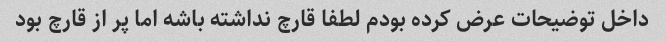
داخل توضیحات عرض کرده بودم لطفا قارچ نداشته باشه اما پر از قارچ بود